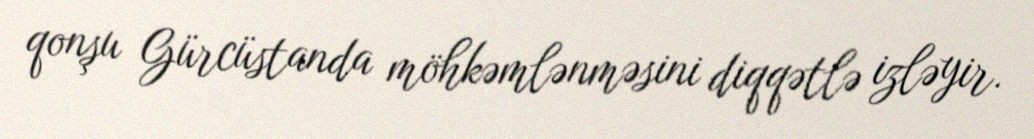
qonşu Gürcüstanda möhkəmlənməsini diqqətlə izləyir.